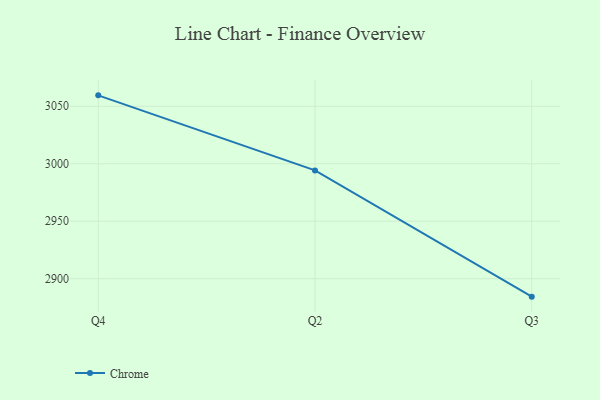
{"axis": {"x": "Quarter", "y": "Active Users"}, "legend": ["Chrome"], "data": [{"x": "Q4", "y": 3059.5, "type": "Chrome"}, {"x": "Q2", "y": 2994.2, "type": "Chrome"}, {"x": "Q3", "y": 2884.4, "type": "Chrome"}]}